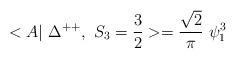
LaTeX: \begin{align*}<A|~\Delta^{++},~ S_3=\frac{3}{2} >= \frac{\sqrt{2}}{\pi} ~\psi_1^3\end{align*}